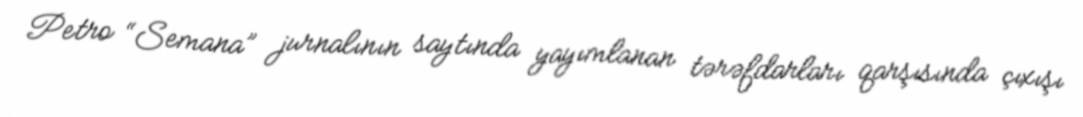
Petro “Semana” jurnalının saytında yayımlanan tərəfdarları qarşısında çıxışı